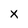
Character: x